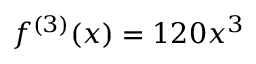
f ^ { ( 3 ) } ( x ) = 1 2 0 x ^ { 3 }